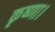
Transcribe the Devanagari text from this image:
कृष्णा।